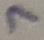
Text: 7